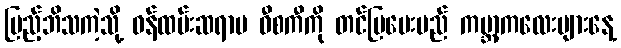
ပြည့်ဘိသကဲ့သို့ ဝန်ထမ်းဆရာမ ဝီစကီကို တင်ပြပေးမည် ကမ္ဘာ့ကလေးများနေ့